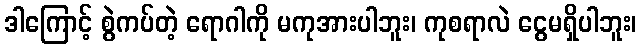
ဒါကြောင့် စွဲကပ်တဲ့ ရောဂါကို မကုအားပါဘူး၊ ကုစရာလဲ ငွေမရှိပါဘူး၊